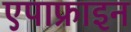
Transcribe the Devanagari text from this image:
एपाफ्राइन